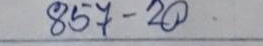
857 - 20